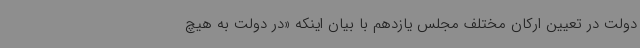
دولت در تعیین ارکان مختلف مجلس یازدهم با بیان اینکه «در دولت به هیچ